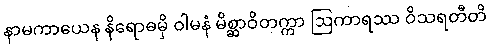
နာမကာယေန နိရောဓမှိ ဝါမနံ မိစ္ဆာဝိတက္ကာ ဩကာရဿ ဝိသရတီတိ